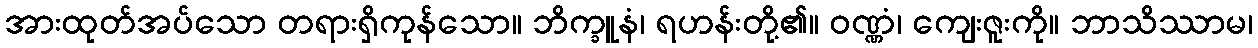
အားထုတ်အပ်သော တရားရှိကုန်သော။ ဘိက္ခူနံ၊ ရဟန်းတို့၏။ ဝဏ္ဏံ၊ ကျေးဇူးကို။ ဘာသိဿာမ၊